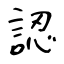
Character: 認